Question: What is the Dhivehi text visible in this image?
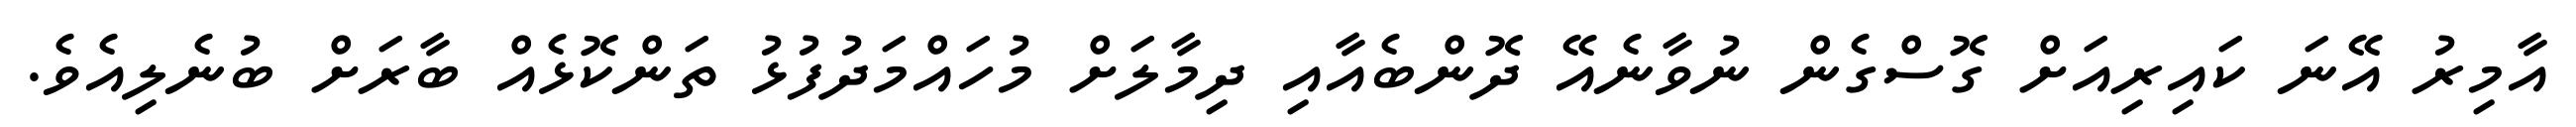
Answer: އާމިރު އޭނަ ކައިރިއަށް ގޮސްގެން ނުވާނެއޭ ދޮންބެއާއި ދިމާލަށް މުހައްމަދުފުޅު ތަންކޮޅެއް ބާރަށް ބުނެލިއެވެ.